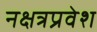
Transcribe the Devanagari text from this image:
नक्षत्रप्रवेश